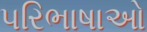
પરિભાષાઓ